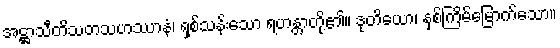
အဋ္ဌာသီတိသတသဟဿာနံ၊ ရှစ်သန်းသော ရဟန္တာတို့၏။ ဒုတိယော၊ နှစ်ကြိမ်မြောက်သော။